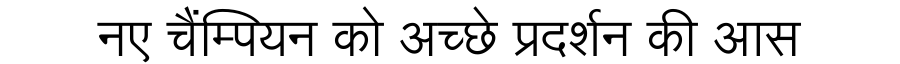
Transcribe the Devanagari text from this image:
नए चैंम्पियन को अच्छे प्रदर्शन की आस